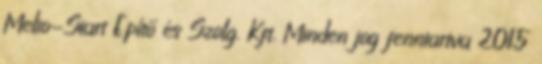
Melio-Start Építő és Szolg. Kft. Minden jog fenntartva 2015